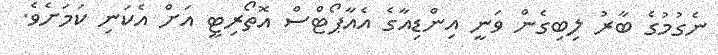
ނެގުމުގެ ބާރު ލިބިގެން ވަނީ އިންޑިއާގެ އެއާޕޯޓްސް އޮތޯރިޓީ އަށް އެކަނި ކަމަށެވެ.